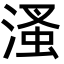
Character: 溞